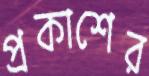
প্রকাশের